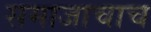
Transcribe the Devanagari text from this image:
समाजाचाच